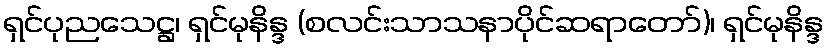
ရှင်ပုညသေဋ္ဌ၊ ရှင်မုနိန္ဒ (စလင်းသာသနာပိုင်ဆရာတော်)၊ ရှင်မုနိန္ဒ